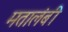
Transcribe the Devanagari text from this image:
मतालंबी